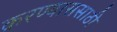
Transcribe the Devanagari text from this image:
करण्याससाठी